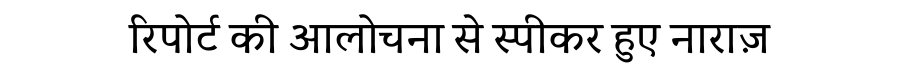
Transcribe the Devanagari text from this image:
रिपोर्ट की आलोचना से स्पीकर हुए नाराज़